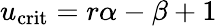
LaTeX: u_{\mathrm{crit}}=r\alpha-\beta+1